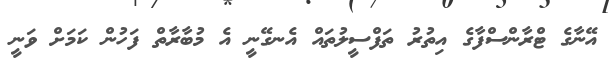
އޭނާގެ ޓްރާންސްފާގެ އިތުރު ތަފްސީލުތަައް އެނގޭނީ އެ މުބާރާތް ފަހުން ކަަމަށް ވަނީ